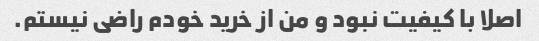
اصلا با کیفیت نبود و من از خرید خودم راضی نیستم.